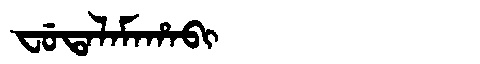
Manchu: ᠸᡠᡨᠠᠯᠠᠮᠠᡥᠠᠪᡳ
Romanization: FUTALAMAHABI